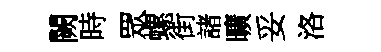
闕時眾螺街諸曠妥洛